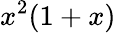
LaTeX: x^{2}(1+x)